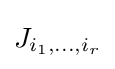
J_{i_{1},\ldots ,i_{r}}